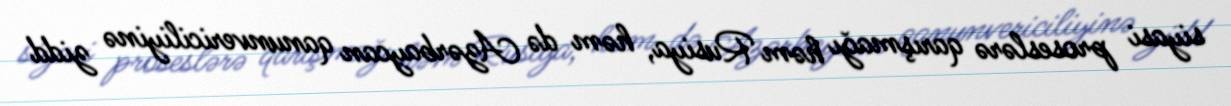
siyasi proseslərə qarışmağı həm Rusiya, həm də Azərbaycan qanunvericiliyinə zidd